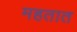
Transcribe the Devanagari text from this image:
महतात